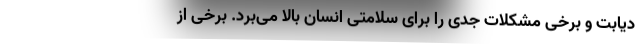
دیابت و برخی مشکلات جدی را برای سلامتی انسان بالا می‌برد. برخی از